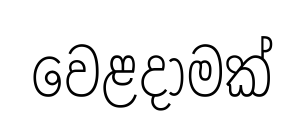
වෙළදාමක්